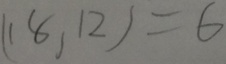
( 1 8 , 1 2 ) = 6